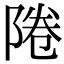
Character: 𨹵